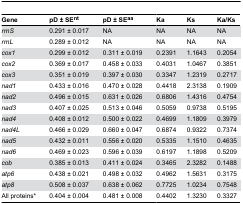
<table><thead><tr><td><b>Gene</b></td><td><b>pD ± SE<sup>nt</sup></b></td><td><b>pD ± SE<sup>aa</sup></b></td><td><b>Ka</b></td><td><b>Ks</b></td><td><b>Ka/Ks</b></td></tr></thead><tbody><tr><td><i>rrnS</i></td><td>0.291 ± 0.017</td><td>NA</td><td>NA</td><td>NA</td><td>NA</td></tr><tr><td><i>rrnL</i></td><td>0.289 ± 0.012</td><td>NA</td><td>NA</td><td>NA</td><td>NA</td></tr><tr><td><i>cox1</i></td><td>0.299 ± 0.012</td><td>0.311 ± 0.019</td><td>0.2391 </td><td>1.1643 </td><td>0.2054 </td></tr><tr><td><i>cox2</i></td><td>0.369 ± 0.017</td><td>0.458 ± 0.033</td><td>0.4031 </td><td>1.0467 </td><td>0.3851 </td></tr><tr><td><i>cox3</i></td><td>0.351 ± 0.019</td><td>0.397 ± 0.030</td><td>0.3347 </td><td>1.2319 </td><td>0.2717 </td></tr><tr><td><i>nad1</i></td><td>0.433 ± 0.016</td><td>0.470 ± 0.028</td><td>0.4418 </td><td>2.3138 </td><td>0.1909 </td></tr><tr><td><i>nad2</i></td><td>0.496 ± 0.015</td><td>0.631 ± 0.026</td><td>0.6806 </td><td>1.4316 </td><td>0.4754 </td></tr><tr><td><i>nad3</i></td><td>0.407 ± 0.025</td><td>0.513 ± 0.046</td><td>0.5059 </td><td>0.9738 </td><td>0.5195 </td></tr><tr><td><i>nad4</i></td><td>0.408 ± 0.012</td><td>0.500 ± 0.022</td><td>0.4699 </td><td>1.1809 </td><td>0.3979 </td></tr><tr><td><i>nad4L</i></td><td>0.466 ± 0.029</td><td>0.660 ± 0.047</td><td>0.6874 </td><td>0.9322 </td><td>0.7374 </td></tr><tr><td><i>nad5</i></td><td>0.432 ± 0.011</td><td>0.556 ± 0.020</td><td>0.5335 </td><td>1.1510 </td><td>0.4635 </td></tr><tr><td><i>nad6</i></td><td>0.469 ± 0.023</td><td>0.596 ± 0.039</td><td>0.6197 </td><td>1.1898 </td><td>0.5209 </td></tr><tr><td><i>cob</i></td><td>0.385 ± 0.013</td><td>0.411 ± 0.024</td><td>0.3465 </td><td>2.3282 </td><td>0.1488 </td></tr><tr><td><i>atp6</i></td><td>0.438 ± 0.021</td><td>0.498 ± 0.032</td><td>0.4962 </td><td>1.5631 </td><td>0.3175 </td></tr><tr><td><i>atp8</i></td><td>0.508 ± 0.037</td><td>0.638 ± 0.062</td><td>0.7725 </td><td>1.0234 </td><td>0.7548 </td></tr><tr><td>All proteins*</td><td>0.404 ± 0.004</td><td>0.481 ± 0.008</td><td>0.4402 </td><td>1.3230 </td><td>0.3327 </td></tr></tbody></table>